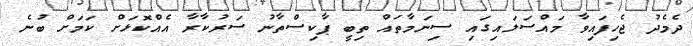
ދެމެދު ޖެހިފައިވާ މައްސަލައިގައި ސިނަމާތައް ތިބީ ޕާކިސްތާނު ސަރުކާރާ އެއްކޮޅަށް ކަމަށް ބުނެ